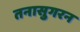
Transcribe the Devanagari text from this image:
तनासुगरन